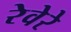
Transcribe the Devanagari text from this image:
रेवेरे